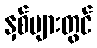
နှစ်များတွင်